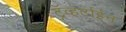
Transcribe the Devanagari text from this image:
ट्रॅव्हर्टाईन